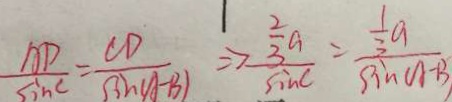
\frac { A D } { \sin C } = \frac { C D } { \sin ( A - B ) } \Rightarrow \frac { \frac { 2 } { 3 } a } { \sin C } = \frac { \frac { 1 } { 3 } a } { \sin ( A - B ) }